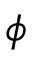
\boldsymbol { \phi }